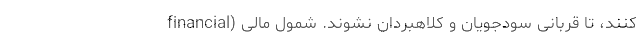
کنند، تا قربانی سودجویان و کلاهبردان نشوند. شمول مالی (financial